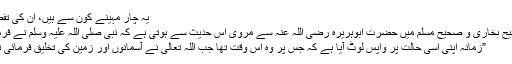
یہ چار مہینے کون سے ہیں، ان کی تفصیل
صحیح بخاری و صحیح مسلم میں حضرت ابوہریرہ رضی اللہ عنہ سے مروی اس حدیث سے ہوتی ہے کہ نبی صلی اللہ علیہ وسلم نے فرمایا:
”زمانہ اپنی اسی حالت پر واپس لوٹ آیا ہے کہ جس پر وہ اس وقت تھا جب اللہ تعالیٰ نے آسمانوں اور زمین کی تخلیق فرمائی تھی۔